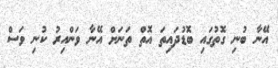
އޭނާ ބުނި ގޮތުގައި ބޮޑުދައިތަ އޮތް ތަނަށް އޭނާ ވަންއިރު ކުނި ވަސް